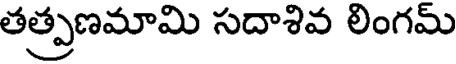
తత్ప్రణమామి సదాశివ లింగమ్